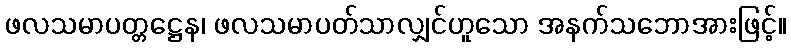
ဖလသမာပတ္တဋ္ဌေန၊ ဖလသမာပတ်သာလျှင်ဟူသော အနက်သဘောအားဖြင့်။